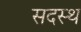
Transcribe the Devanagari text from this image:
सदस्थ